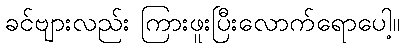
ခင်ဗျားလည်း ကြားဖူးပြီးလောက်ရောပေါ့။